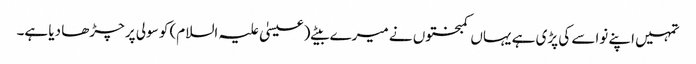
تمہیں اپنے نواسے کی پڑی ہے یہاں کمبختوں نے میرے بیٹے (عیسیٰ علیہ السلام) کو سولی پر چڑھا دیا ہے۔